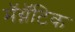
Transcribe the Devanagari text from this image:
मॅग्नॅटिक